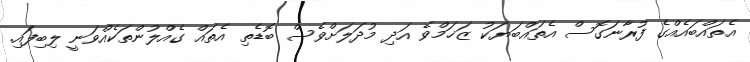
އެތައްބައެއްގެ ފުރާނަގޮސް އެތައްބަޔަކު ޒަޚަމްވެ އަދި މުދަލަށްވެސް ބޮޑެތި އެތައް ގެއްލުންތަކެއްވަނީ ލިބިފައި.